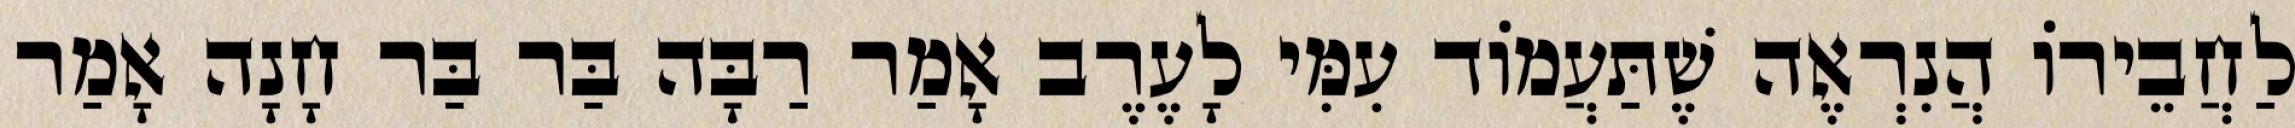
לַחֲבֵירוֹ הֲנִרְאֶה שֶׁתַּעֲמוֹד עִמִּי לָעֶרֶב אָמַר רַבָּה בַּר בַּר חָנָה אָמַר